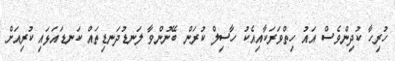
ހުރިހާ ކުދިންވެސް އައު ހިތްވަރަކާއިއެކު ހާސިލް ކުރަން ބޭނުންވާ ލަނޑުދަނޑިތައް ކަނޑައަޅައި ކުރިއަށް